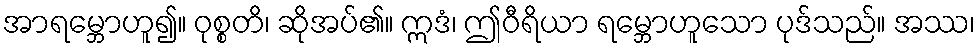
အာရမ္ဘောဟူ၍။ ဝုစ္စတိ၊ ဆိုအပ်၏။ ဣဒံ၊ ဤဝီရိယာ ရမ္ဘောဟူသော ပုဒ်သည်။ အဿ၊